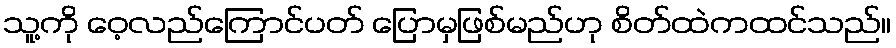
သူ့ကို ဝေ့လည်ကြောင်ပတ် ပြောမှဖြစ်မည်ဟု စိတ်ထဲကထင်သည်။